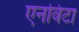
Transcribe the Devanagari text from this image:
एनविटा